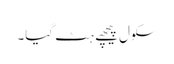
سکول پیچھے ہٹ گیا۔